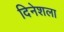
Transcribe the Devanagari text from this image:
दिनेशला